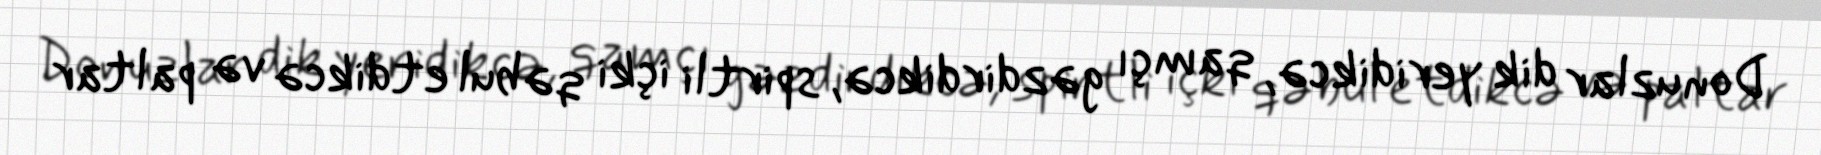
Donuzlar dik yeridikcə, qamçı gəzdirdikcə, spirtli içki qəbul etdikcə və paltar